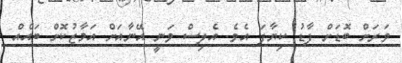
ވަރަށް ބޮޑަށް ފާޑު ކިޔާފަ އެވެ. އެލިސް ވަނީ އޭނާއަށް އަމާޒުކޮށް ބައެއް